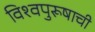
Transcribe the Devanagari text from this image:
विश्‍वपुरूषाची